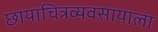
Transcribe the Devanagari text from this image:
छायाचित्रव्यवसायाला